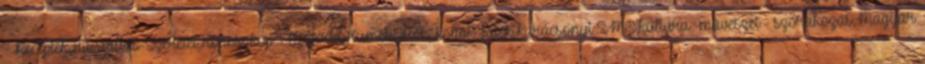
- Receptek,Hit-Vallás-Szeretet,Horoszkóp - Ezotéria,Humor,Írók, költők,Játék,Karácsonyi SMS,kultúra -művészet - szórakozás,Magyar